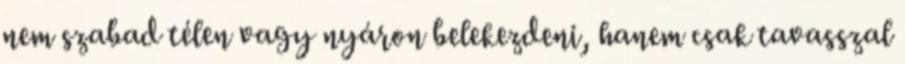
nem szabad télen vagy nyáron belekezdeni, hanem csak tavasszal